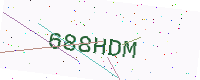
Text: 688HDM